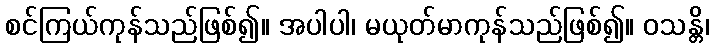
စင်ကြယ်ကုန်သည်ဖြစ်၍။ အပါပါ၊ မယုတ်မာကုန်သည်ဖြစ်၍။ ဝသန္တိ၊